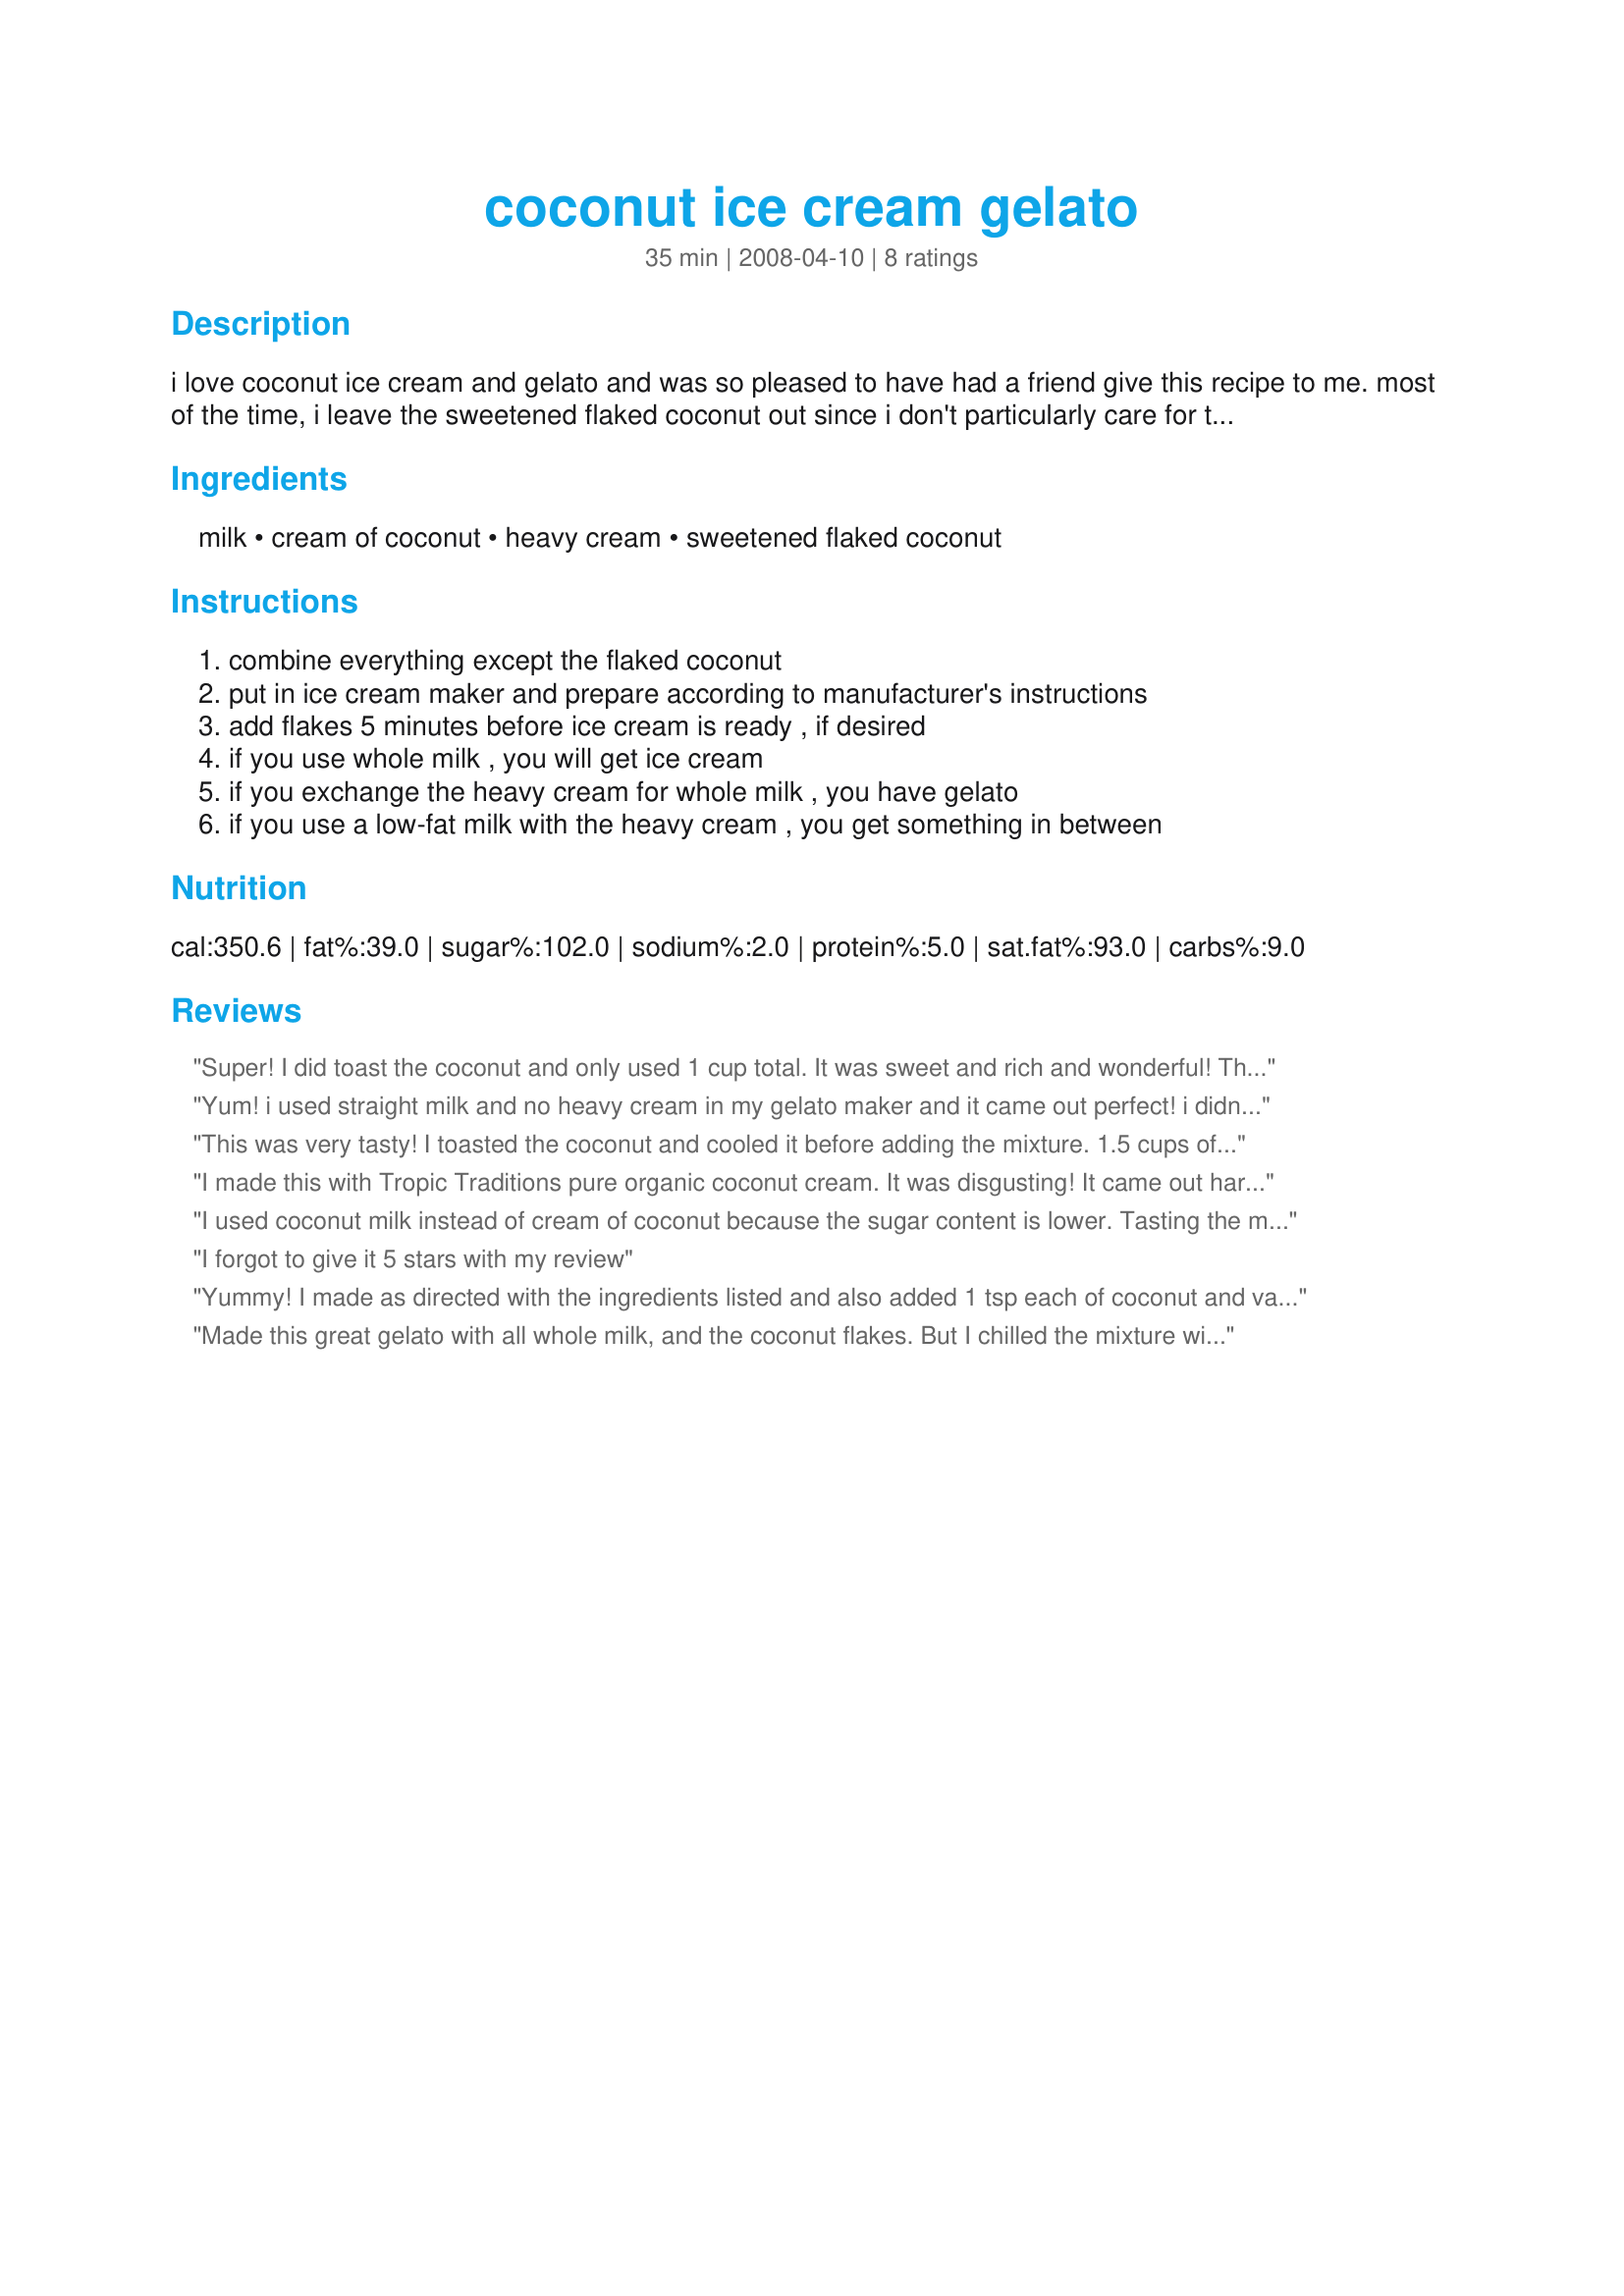
coconut ice cream gelato
Preparation time: 35 minutes

i love coconut ice cream and gelato and was so pleased to have had a friend give this recipe to me. most of the time, i leave the sweetened flaked coconut out since i don't particularly care for the added texture, but that's just me. my friend who makes this all of the time uses a sweetened flaked coconut that is found in the freezer section of the supermarket and says that the taste is better. experiment and enjoy! :)

Ingredients:
milk, cream of coconut, heavy cream, sweetened flaked coconut

Steps:
combine everything except the flaked coconut, put in ice cream maker and prepare according to manufacturer's instructions, add flakes 5 minutes before ice cream is ready , if desired, if you use whole milk , you will get ice cream, if you exchange the heavy cream for whole milk , you have gelato, if you use a low-fat milk with the heavy cream , you get something in between

Reviews:
Super! I did toast the coconut and only used 1 cup total. It was sweet and rich and wonderful!
Thanks for posting!
Yum! i used straight milk and no heavy cream in my gelato maker and it came out perfect! i didn't put in the coconut flakes this time around but will next time, i just wanted to check the flavor first w/o the flakes. will definitely make again, thanks.
This was very tasty! I toasted the coconut and cooled it before adding the mixture. 1.5 cups of coconut was a little much for my Cuisinart ice cream maker to handle. I saved about 1/4 cup to sprinkle on the gelato later. I also used 2.5 cups of 2% milk. Next time I make this, I plan on using a little whole milk to get a thicker gelato out of the ice cream maker (although this froze to a nice, scoopable consistency right out of the freezer); and decreasing the amount of coconut.
I made this with Tropic Traditions pure organic coconut cream. It was disgusting! It came out hard and oily like frozen crisco. Perhaps other brands of coconut cream are sweetened and watered down. If that is the case the recipe should specify what type of coconut cream to use.
I used coconut milk instead of cream of coconut because the sugar content is lower. Tasting the mixture, I didn't think that the coconut flavor was high enough, so I added 1 tsp of coconut extract, and 1 tbs of coconut rum. I also pulsed the coconut in the food processor, because I have picky eaters who do not like the texture of coconut, even though they like the flavor (insert eye rolling). This was still not a very sweet ice cream, so it may not suit everyone's tastes. People who like it sweeter may want to add a little powdered sugar.
I forgot to give it 5 stars with my review
Yummy! I made as directed with the ingredients listed and also added 1 tsp each of coconut and vanilla extract to packed it full of flavor. I used my ice cream maker and got ice cream. Without the machine I would have gotten gelato as gelato is made with less air. This is so simple to make and it's fun to eat in a waffle cone. Next time I'll fill popsicle molds with the softened ice cream and freeze them for individual treats. Thanks for sharing the recipe. :)
Made this great gelato with all whole milk, and the coconut flakes. But I chilled the mixture with the coconut flakes overnight and then strained them out before freezing. Lots of flavor without the texture of the coconut which some people object to. Next time will try with diced peaches added just at the end of freezing.
